Civil Veterinary Dept. Bombay admin report 1914-1922 - 1914-1922
Year: 1914
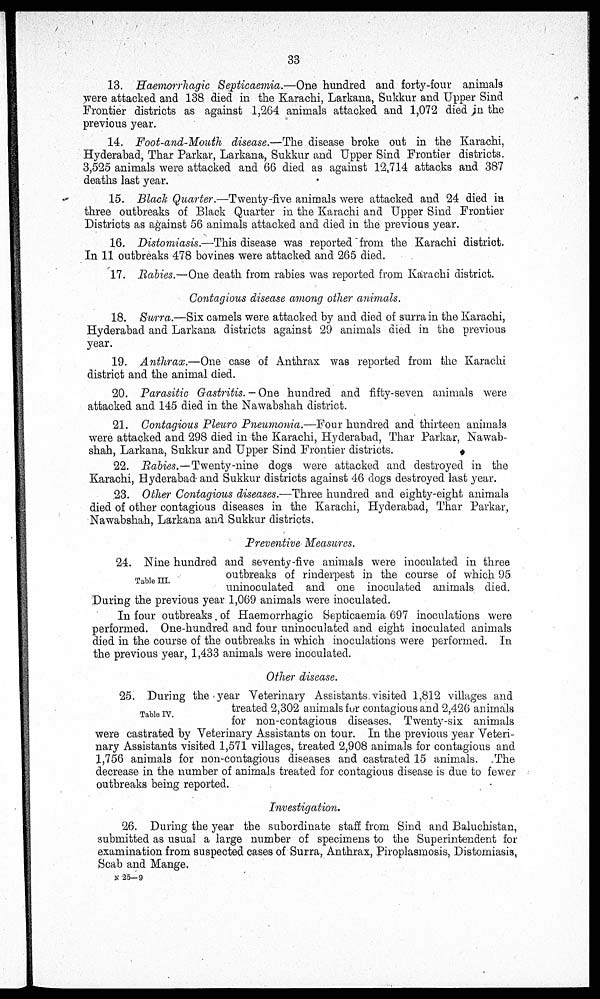
33
13. Haemorrhagic Septicaemia.—One hundred and forty-four animals
were attacked and 138 died in the Karachi, Larkana, Sukkur and Upper Sind
Frontier districts as against 1,264 animals attacked and 1,072 died in the
previous year.
14. Foot-and-Mouth disease.—The disease broke out in the Karachi,
Hyderabad, Thar Parkar, Larkana, Sukkur and Upper Sind Frontier districts.
3,525 animals were attacked and 66 died as against 12,714 attacks and 387
deaths last year.
15. Black Quarter.—Twenty-five animals were attacked and 24 died in
three outbreaks of Black Quarter in the Karachi and Upper Sind Frontier
Districts as against 56 animals attacked and died in the previous year.
16. Distomiasis.—This disease was reported from the Karachi district.
In 11 outbreaks 478 bovines were attacked and 265 died.
17. Rabies.—One death from rabies was reported from Karachi district.
Contagious disease among other animals.
18. Surra.—Six camels were attacked by and died of surra in the Karachi,
Hyderabad and Larkana districts against 29 animals died in the previous
year.
19. Anthrax.—One case of Anthrax was reported from the Karachi
district and the animal died.
20. Parasitic Gastritis.—One hundred and fifty-seven animals were
attacked and 145 died in the Nawabshah district.
21. Contagious Pleuro Pneumonia.—Four hundred and thirteen animals
were attacked and 298 died in the Karachi, Hyderabad, Thar Parkar, Nawab-
shah, Larkana, Sukkur and Upper Sind Frontier districts.
22. Rabies.—Twenty-nine dogs were attacked and destroyed in the
Karachi, Hyderabad and Sukkur districts against 46 dogs destroyed last year.
23. Other Contagious diseases.—Three hundred and eighty-eight animals
died of other contagious diseases in the Karachi, Hyderabad, Thar Parkar,
Nawabshah, Larkana and Sukkur districts.
Preventive Measures.
Table III.
24. Nine hundred and seventy-five animals were inoculated in three
outbreaks of rinderpest in the course of which 95
uninoculated and one inoculated animals died.
During the previous year 1,069 animals were inoculated.
In four outbreaks of Haemorrhagic Septicaemia 697 inoculations were
performed. One-hundred and four uninoculated and eight inoculated animals
died in the course of the outbreaks in which inoculations were performed. In
the previous year, 1,433 animals were inoculated.
Other disease.
Table IV.
25. During the year Veterinary Assistants visited 1,812 villages and
treated 2,302 animals for contagious and 2,426 animals
for non-contagious diseases. Twenty-six animals
were castrated by Veterinary Assistants on tour. In the previous year Veteri-
nary Assistants visited 1,571 villages, treated 2,908 animals for contagious and
1,756 animals for non-contagious diseases and castrated 15 animals. The
decrease in the number of animals treated for contagious disease is due to fewer
outbreaks being reported.
Investigation,
26. During the year the subordinate staff from Sind and Baluchistan,
submitted as usual a large number of specimens to the Superintendent for
examination from suspected cases of Surra, Anthrax, Piroplasmosis, Distomiasis,
Scab and Mange.
N 25—9